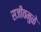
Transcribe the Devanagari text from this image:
सजीवमुळे